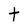
Character: t